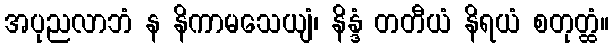
အပုညလာဘံ န နိကာမသေယျံ၊ နိန္ဒံ တတီယံ နိရယံ စတုတ္ထံ။